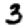
Digit: 3